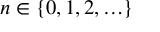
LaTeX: n \in \{ 0 , 1 , 2 , \ldots \}